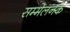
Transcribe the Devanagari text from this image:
सम्मेलनके